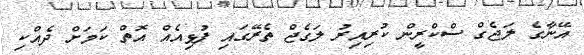
އޭނާގެ ލަޖެގް ސްކްރީން ކުރިއިރު ލަގެޖް ތެރޭގައި ފުޅިއެއް އޮތް ކަމަށް ދެއްކި